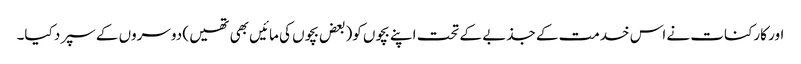
اور کارکنات نے اس خدمت کے جذبے کے تحت اپنے بچوں کو(بعض بچوں کی مائیں بھی تھیں ) دوسروں کے سپرد کیا۔